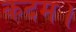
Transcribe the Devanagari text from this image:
कदम।